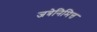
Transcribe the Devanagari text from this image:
जत्रेनिमित्त